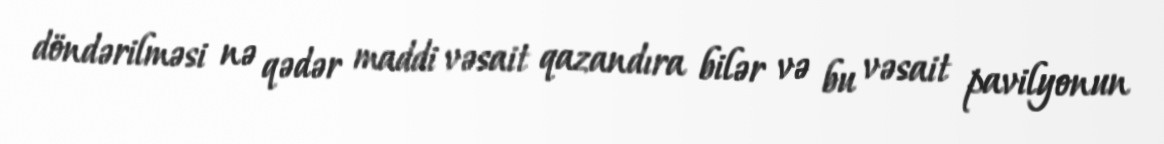
döndərilməsi nə qədər maddi vəsait qazandıra bilər və bu vəsait pavilyonun